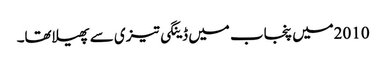
2010میں پنجاب میں ڈینگی تیزی سے پھیلاتھا۔